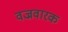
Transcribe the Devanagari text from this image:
वज्रवारक